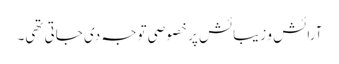
آرائش و زیبائش پر خصوصی توجہ دی جاتی تھی۔